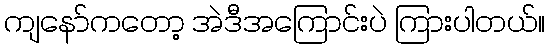
ကျနော်ကတော့ အဲဒီအကြောင်းပဲ ကြားပါတယ်။